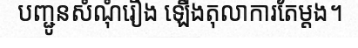
បញ្ជូនសំណុំរឿង ឡើងតុលាការតែម្តង។